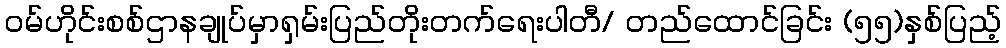
ဝမ်ဟိုင်းစစ်ဌာနချုပ်မှာရှမ်းပြည်တိုးတက်ရေးပါတီ/ တည်ထောင်ခြင်း (၅၅)နှစ်ပြည့်